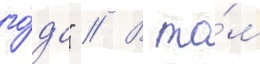
го́да" // В то́м